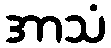
အာသံ